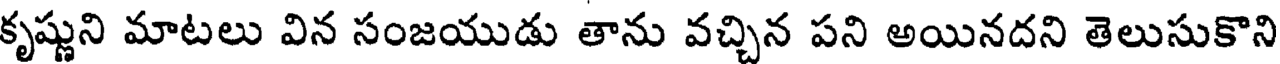
కృష్ణుని మాటలు విన సంజయుడు తాను వచ్చిన పని అయినదని తెలుసుకొని